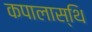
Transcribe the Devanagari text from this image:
कपालास्थि